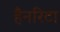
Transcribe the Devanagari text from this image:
हैनरिटा